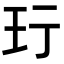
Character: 𬍐